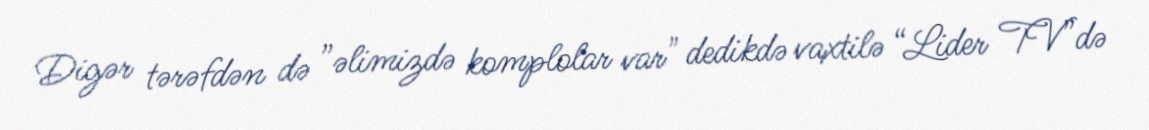
Digər tərəfdən də ”əlimizdə komplolar var" dedikdə vaxtilə “Lider TV”də